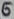
Text: 6